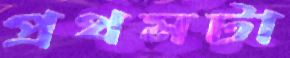
প্রথমটা